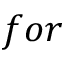
f o r